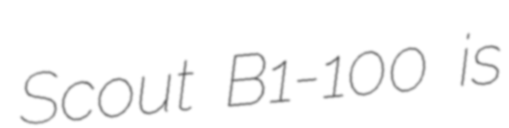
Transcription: Scout B1-100 is